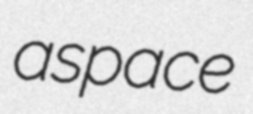
aspace